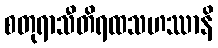
စတုရာသီတိရထသဟဿာနိ